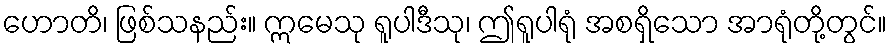
ဟောတိ၊ ဖြစ်သနည်း။ ဣမေသု ရူပါဒီသု၊ ဤရူပါရုံ အစရှိသော အာရုံတို့တွင်။